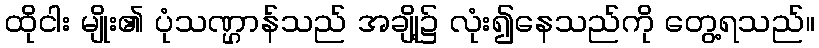
ထိုငါး မျိုး၏ ပုံသဏ္ဌာန်သည် အချို့၌ လုံး၍နေသည်ကို တွေ့ရသည်။